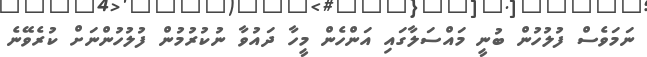
ނަމަވެސް ފުލުހުން ބުނީ މައްސަލާގައި އަންހެން މީހާ ދައުވާ ނުކުރުމުން ފުލުހުންނަށް ކުރެވޭނެ